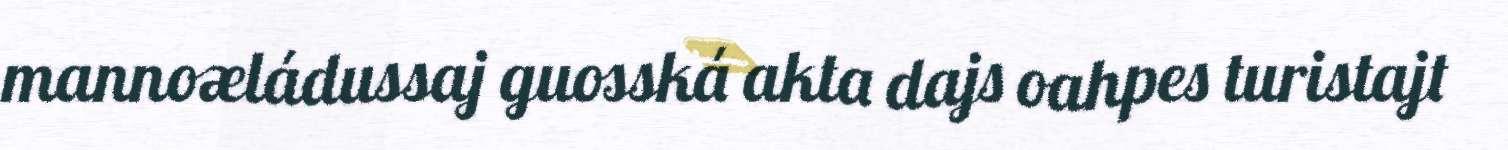
mannoæládussaj guosská akta dajs oahpes turistajt